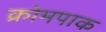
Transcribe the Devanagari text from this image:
क्रोमपाक